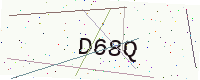
Text: D68Q